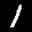
Label: 1